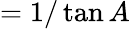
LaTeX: ={1/\tan A}